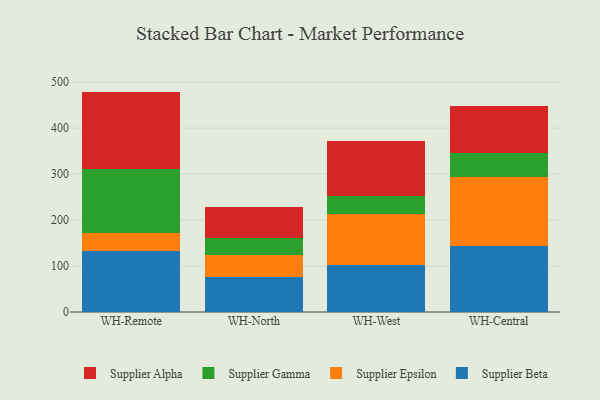
{"axis": {"x": "Warehouse", "y": "Shipments"}, "legend": ["Supplier Alpha", "Supplier Beta", "Supplier Epsilon", "Supplier Gamma"], "data": [{"x": "WH-Remote", "y": 133.1, "type": "Supplier Beta"}, {"x": "WH-Remote", "y": 39.1, "type": "Supplier Epsilon"}, {"x": "WH-Remote", "y": 137.9, "type": "Supplier Gamma"}, {"x": "WH-Remote", "y": 169.4, "type": "Supplier Alpha"}, {"x": "WH-North", "y": 75.4, "type": "Supplier Beta"}, {"x": "WH-North", "y": 49.1, "type": "Supplier Epsilon"}, {"x": "WH-North", "y": 36.7, "type": "Supplier Gamma"}, {"x": "WH-North", "y": 67.1, "type": "Supplier Alpha"}, {"x": "WH-West", "y": 101.6, "type": "Supplier Beta"}, {"x": "WH-West", "y": 112.4, "type": "Supplier Epsilon"}, {"x": "WH-West", "y": 39.1, "type": "Supplier Gamma"}, {"x": "WH-West", "y": 119.6, "type": "Supplier Alpha"}, {"x": "WH-Central", "y": 143.8, "type": "Supplier Beta"}, {"x": "WH-Central", "y": 149.6, "type": "Supplier Epsilon"}, {"x": "WH-Central", "y": 53.6, "type": "Supplier Gamma"}, {"x": "WH-Central", "y": 102.2, "type": "Supplier Alpha"}]}